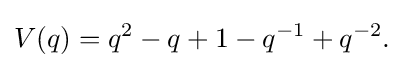
V(q)=q^{2}-q+1-q^{-1}+q^{-2}.\